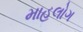
માહલોગ